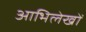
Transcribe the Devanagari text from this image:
आभिलेखों